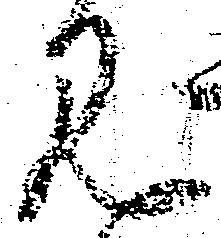
見